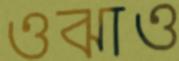
ওঝাও